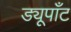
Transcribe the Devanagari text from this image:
ड्यूपाँट